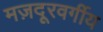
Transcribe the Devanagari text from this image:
मज़दूरवर्गीय